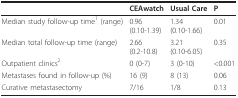
|  | CEAwatch | Usual Care | P |
 | --- | --- | --- | --- |
 | Median study follow-up time1 (range) | 0.96 ( 0.10-1.39 ) | 1.34 (0.10-1.66) | 0.01 |
 | Median total follow-up time (range) | 2.66 (0.2-10.8 ) | 3.21 (0.10-6.05) | 0.35 |
 | Outpatient clinics2 | 0 ( 0-7 ) | 3 ( 0-10 ) | <0.001 |
 | Metastases found in follow-up (%) | 16 (9) | 8 (13) | 0.06 |
 | Curative metastasectomy | 7/16 | 1/8 | 0.13 |